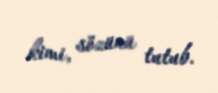
kimi, sözünü tutub.